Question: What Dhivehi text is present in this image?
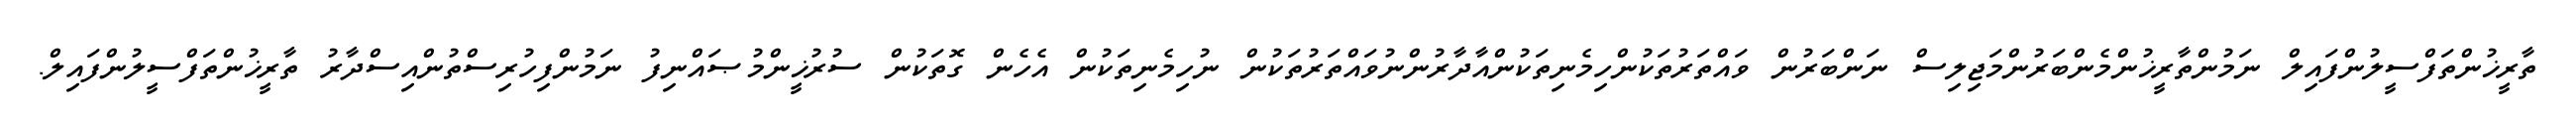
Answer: ތާރީޚުންތަފްސީލުންފައިލް ނަމުންތާރީޚުންމެންބަރުންމަޖިލިސް ނަންބަރުން ވައްތަރުތަކުންހިމެނިތަކުންއާދާރުންނުވައްތަރުތަކުން ނުހިމެނިތަކުން އެހެން ގޮތަކުން ސުރުޚީންމުޞައްނިފު ނަމުންފިހުރިސްތުންއިސްދާރު ތާރީޚުންތަފްސީލުންފައިލް.